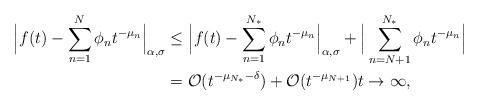
LaTeX: \begin{align*}\Big|f(t)-\sum_{n=1}^N \phi_n t^{-\mu_n}\Big|_{\alpha,\sigma}&\le \Big|f(t)-\sum_{n=1}^{N_*} \phi_n t^{-\mu_n}\Big|_{\alpha,\sigma}+ \Big|\sum_{n=N+1}^{N_*} \phi_n t^{-\mu_n}\Big| \\&=\mathcal O(t^{-\mu_{N_*}-\delta})+\mathcal O(t^{-\mu_{N+1}}) t\to\infty,\end{align*}